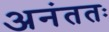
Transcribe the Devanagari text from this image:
अनंततः